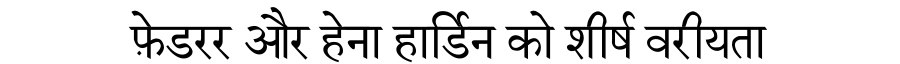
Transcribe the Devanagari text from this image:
फ़ेडरर और हेना हार्डिन को शीर्ष वरीयता